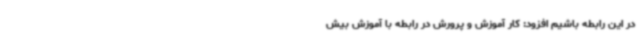
در این رابطه باشیم افزود: کار آموزش و پرورش در رابطه با آموزش بیش